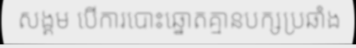
សង្គម បើការបោះឆ្នោតគ្មានបក្សប្រឆាំង